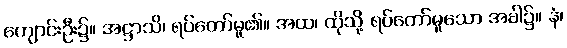
ကျောင်းဦး၌။ အဋ္ဌာသိ၊ ရပ်တော်မူ၏။ အထ၊ ထိုသို့ ရပ်တော်မူသော အခါ၌။ နံ၊